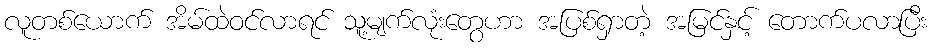
လူတစ်ယောက် အိမ်ထဲဝင်လာရင် သူ့မျက်လုံးတွေဟာ အပြစ်ရှာတဲ့ အမြင်နှင့် တောက်ပလာပြီး